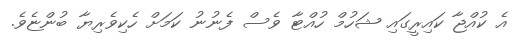
އެ ކުއްޖާ ކައިރީގައި ޝަހުމް ހުއްޓާ ވެސް ފެނުނު ކަމަށް ހެކިވެރިޔާ ބުންޏެވެ.